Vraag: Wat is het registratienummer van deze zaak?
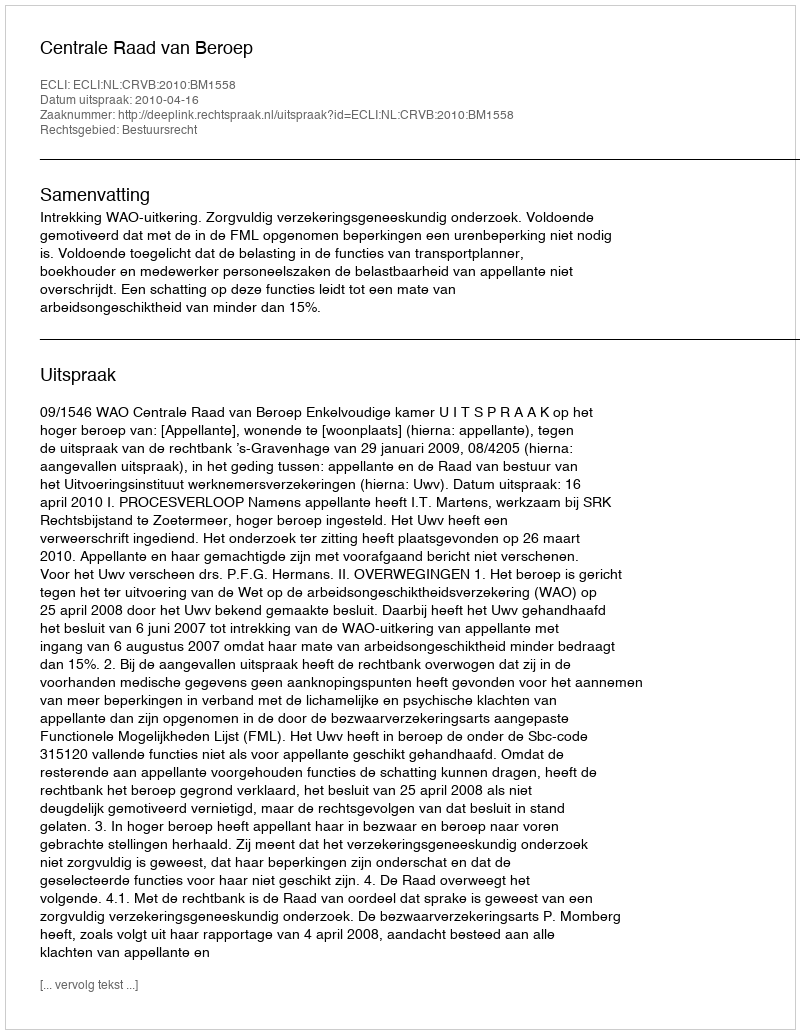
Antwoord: http://deeplink.rechtspraak.nl/uitspraak?id=ECLI:NL:CRVB:2010:BM1558